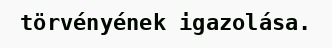
törvényének igazolása.